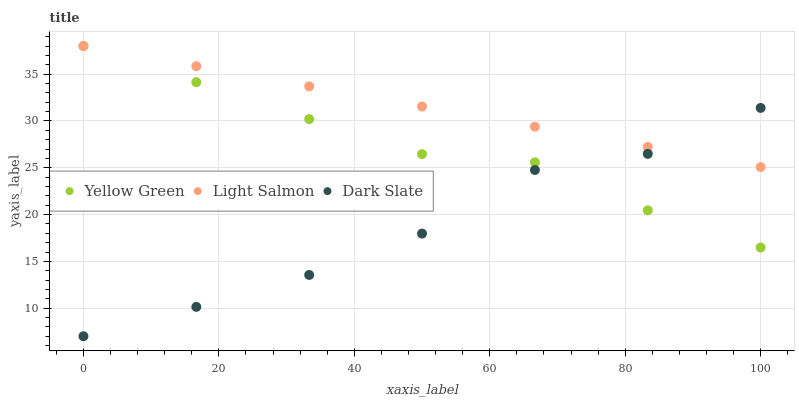
| xaxis_label | Yellow Green | Light Salmon | Dark Slate |
 | --- | --- | --- | --- |
 | 0 | 38 | 38 | 7.01 |
 | 16.7 | 34.1 | 35.8 | 10.1 |
 | 33.3 | 30.2 | 33.7 | 13.6 |
 | 50 | 26.5 | 31.5 | 18 |
 | 66.7 | 25.6 | 29.4 | 24.8 |
 | 83.3 | 20.5 | 27.2 | 26.5 |
 | 100 | 16.5 | 25.1 | 31.4 |